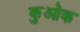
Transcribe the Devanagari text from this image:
कुओक